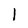
Character: 1